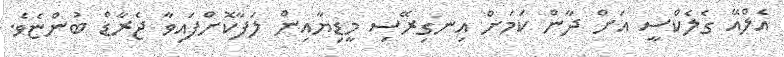
އެލްއޭ ގެލެކްސީ އަށް ދާން ކަމަށް އިނގިރޭސި މީޑިޔާއިން ލަފާކޮށްފައިވާ ޖެރާޑް ބުންޏެވެ.